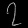
Digit: ၇